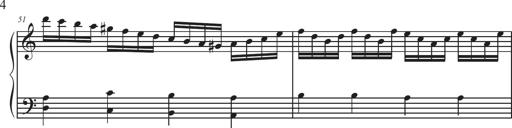
Title: Sonatina Espania
Composer: Jerald Franklin Archer
Key: Various